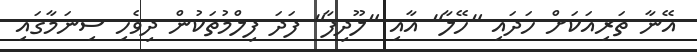
އޭނާ ތަރިއަކަށް ހަދައި "ހޭލާ" އާއި "ލޫދިފާ" ފަދަ ފިލްމުތަކުން ދިވެހި ސިނަމާގައި